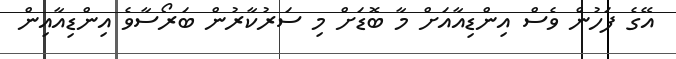
އޭގެ ފަހުން ވެސް އިންޑިއާއަށް މާ ބޮޑަށް މި ސަރުކާރުން ބަރޯސާވެ އިންޑިއާއިން